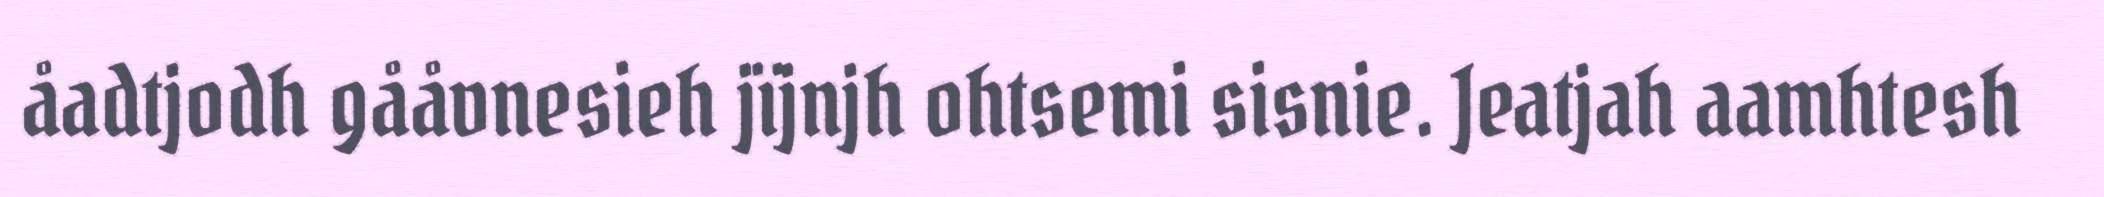
åadtjodh gååvnesieh jïjnjh ohtsemi sisnie. Jeatjah aamhtesh